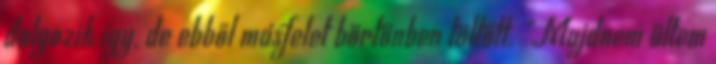
dolgozik így, de ebből másfelet börtönben töltött. "Majdnem ültem